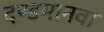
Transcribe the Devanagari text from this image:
दण्डमानवा